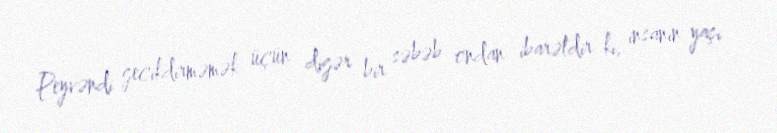
Peyvəndi gecikdirməmək üçün digər bir səbəb ondan ibarətdir ki, insanın yaşı